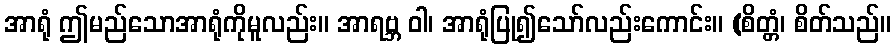
အာရုံ ဤမည်သောအာရုံကိုမူလည်း။ အာရဗ္ဘ ဝါ၊ အာရုံပြု၍သော်လည်းကောင်း။ (စိတ္တံ၊ စိတ်သည်။